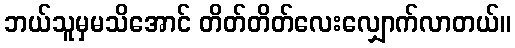
ဘယ်သူမှမသိအောင် တိတ်တိတ်လေးလျှောက်လာတယ်။